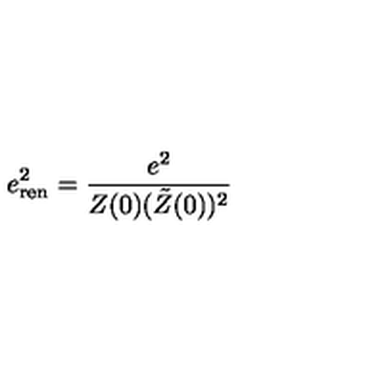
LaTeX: e _ { \mathrm { r e n } } ^ { 2 } = { \frac { e ^ { 2 } } { Z ( 0 ) ( \tilde { Z } ( 0 ) ) ^ { 2 } } }